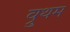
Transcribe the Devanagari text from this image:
व्रुथम